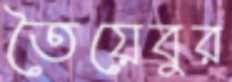
তৈয়েবুর